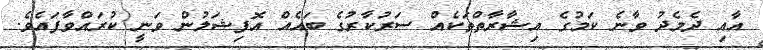
އާއި ދެމެދު ވާނެ ކަމުގެ އިޝާރާތްތަކެއް ސަރުކާރުގެ ބައެއް އޮފިޝަލުން ވަނީ ކުރައްވާފައެވެ.